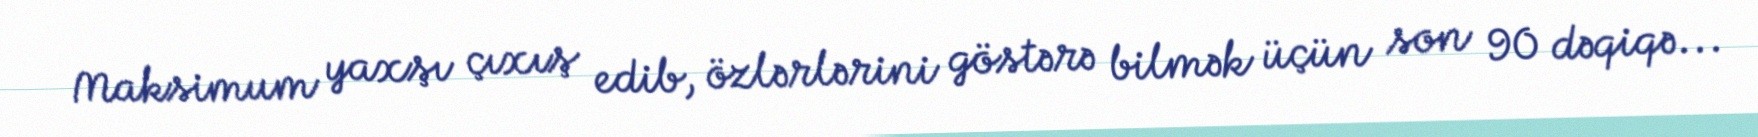
Maksimum yaxşı çıxış edib, özlərlərini göstərə bilmək üçün son 90 dəqiqə...